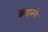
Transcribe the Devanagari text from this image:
केंद्रातले